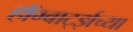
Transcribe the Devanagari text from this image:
हॉग्वार्ट्झच्या